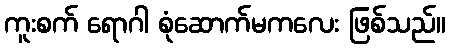
ကူးစက် ရောဂါ စုံဆောက်မကလေး ဖြစ်သည်။